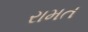
રામત